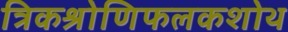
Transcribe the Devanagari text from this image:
त्रिकश्रोणिफलकशोथ